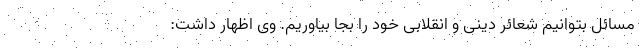
مسائل بتوانیم شعائر دینی و انقلابی خود را بجا بیاوریم. وی اظهار داشت: